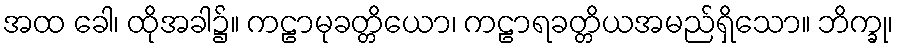
အထ ခေါ၊ ထိုအခါ၌။ ကဠာမုခတ္တိယော၊ ကဠာရခတ္တိယအမည်ရှိသော။ ဘိက္ခု၊